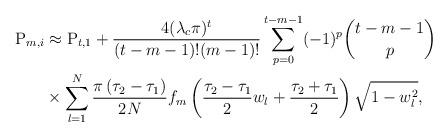
LaTeX: \begin{align*} \mathrm{P}_{m,i}&\approx \mathrm{P}_{t,1}+\frac{ 4(\lambda_c\pi)^{t}}{(t-m-1)!(m-1)!} \sum^{t-m-1}_{p=0}(-1)^p{t-m-1 \choose p} \\ &\times \sum^{N}_{l=1}\frac{\pi\left(\tau_2-\tau_1\right)}{2 N} f_m\left(\frac{\tau_2-\tau_1}{2}w_l+\frac{\tau_2+\tau_1}{2}\right)\sqrt{1-w_l^2},\end{align*}